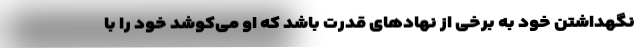
نگهداشتن خود به برخی از نهادهای قدرت باشد که او می‌کوشد خود را با